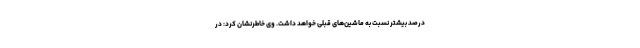
درصد بیشتر نسبت به ماشین‌های قبلی خواهد داشت. وی خاطرنشان کرد: در